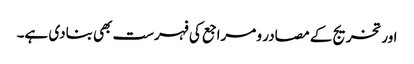
اور تخریج کے مصادر و مراجع کی فہرست بھی بنادی ہے۔